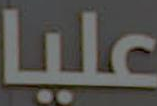
عليا